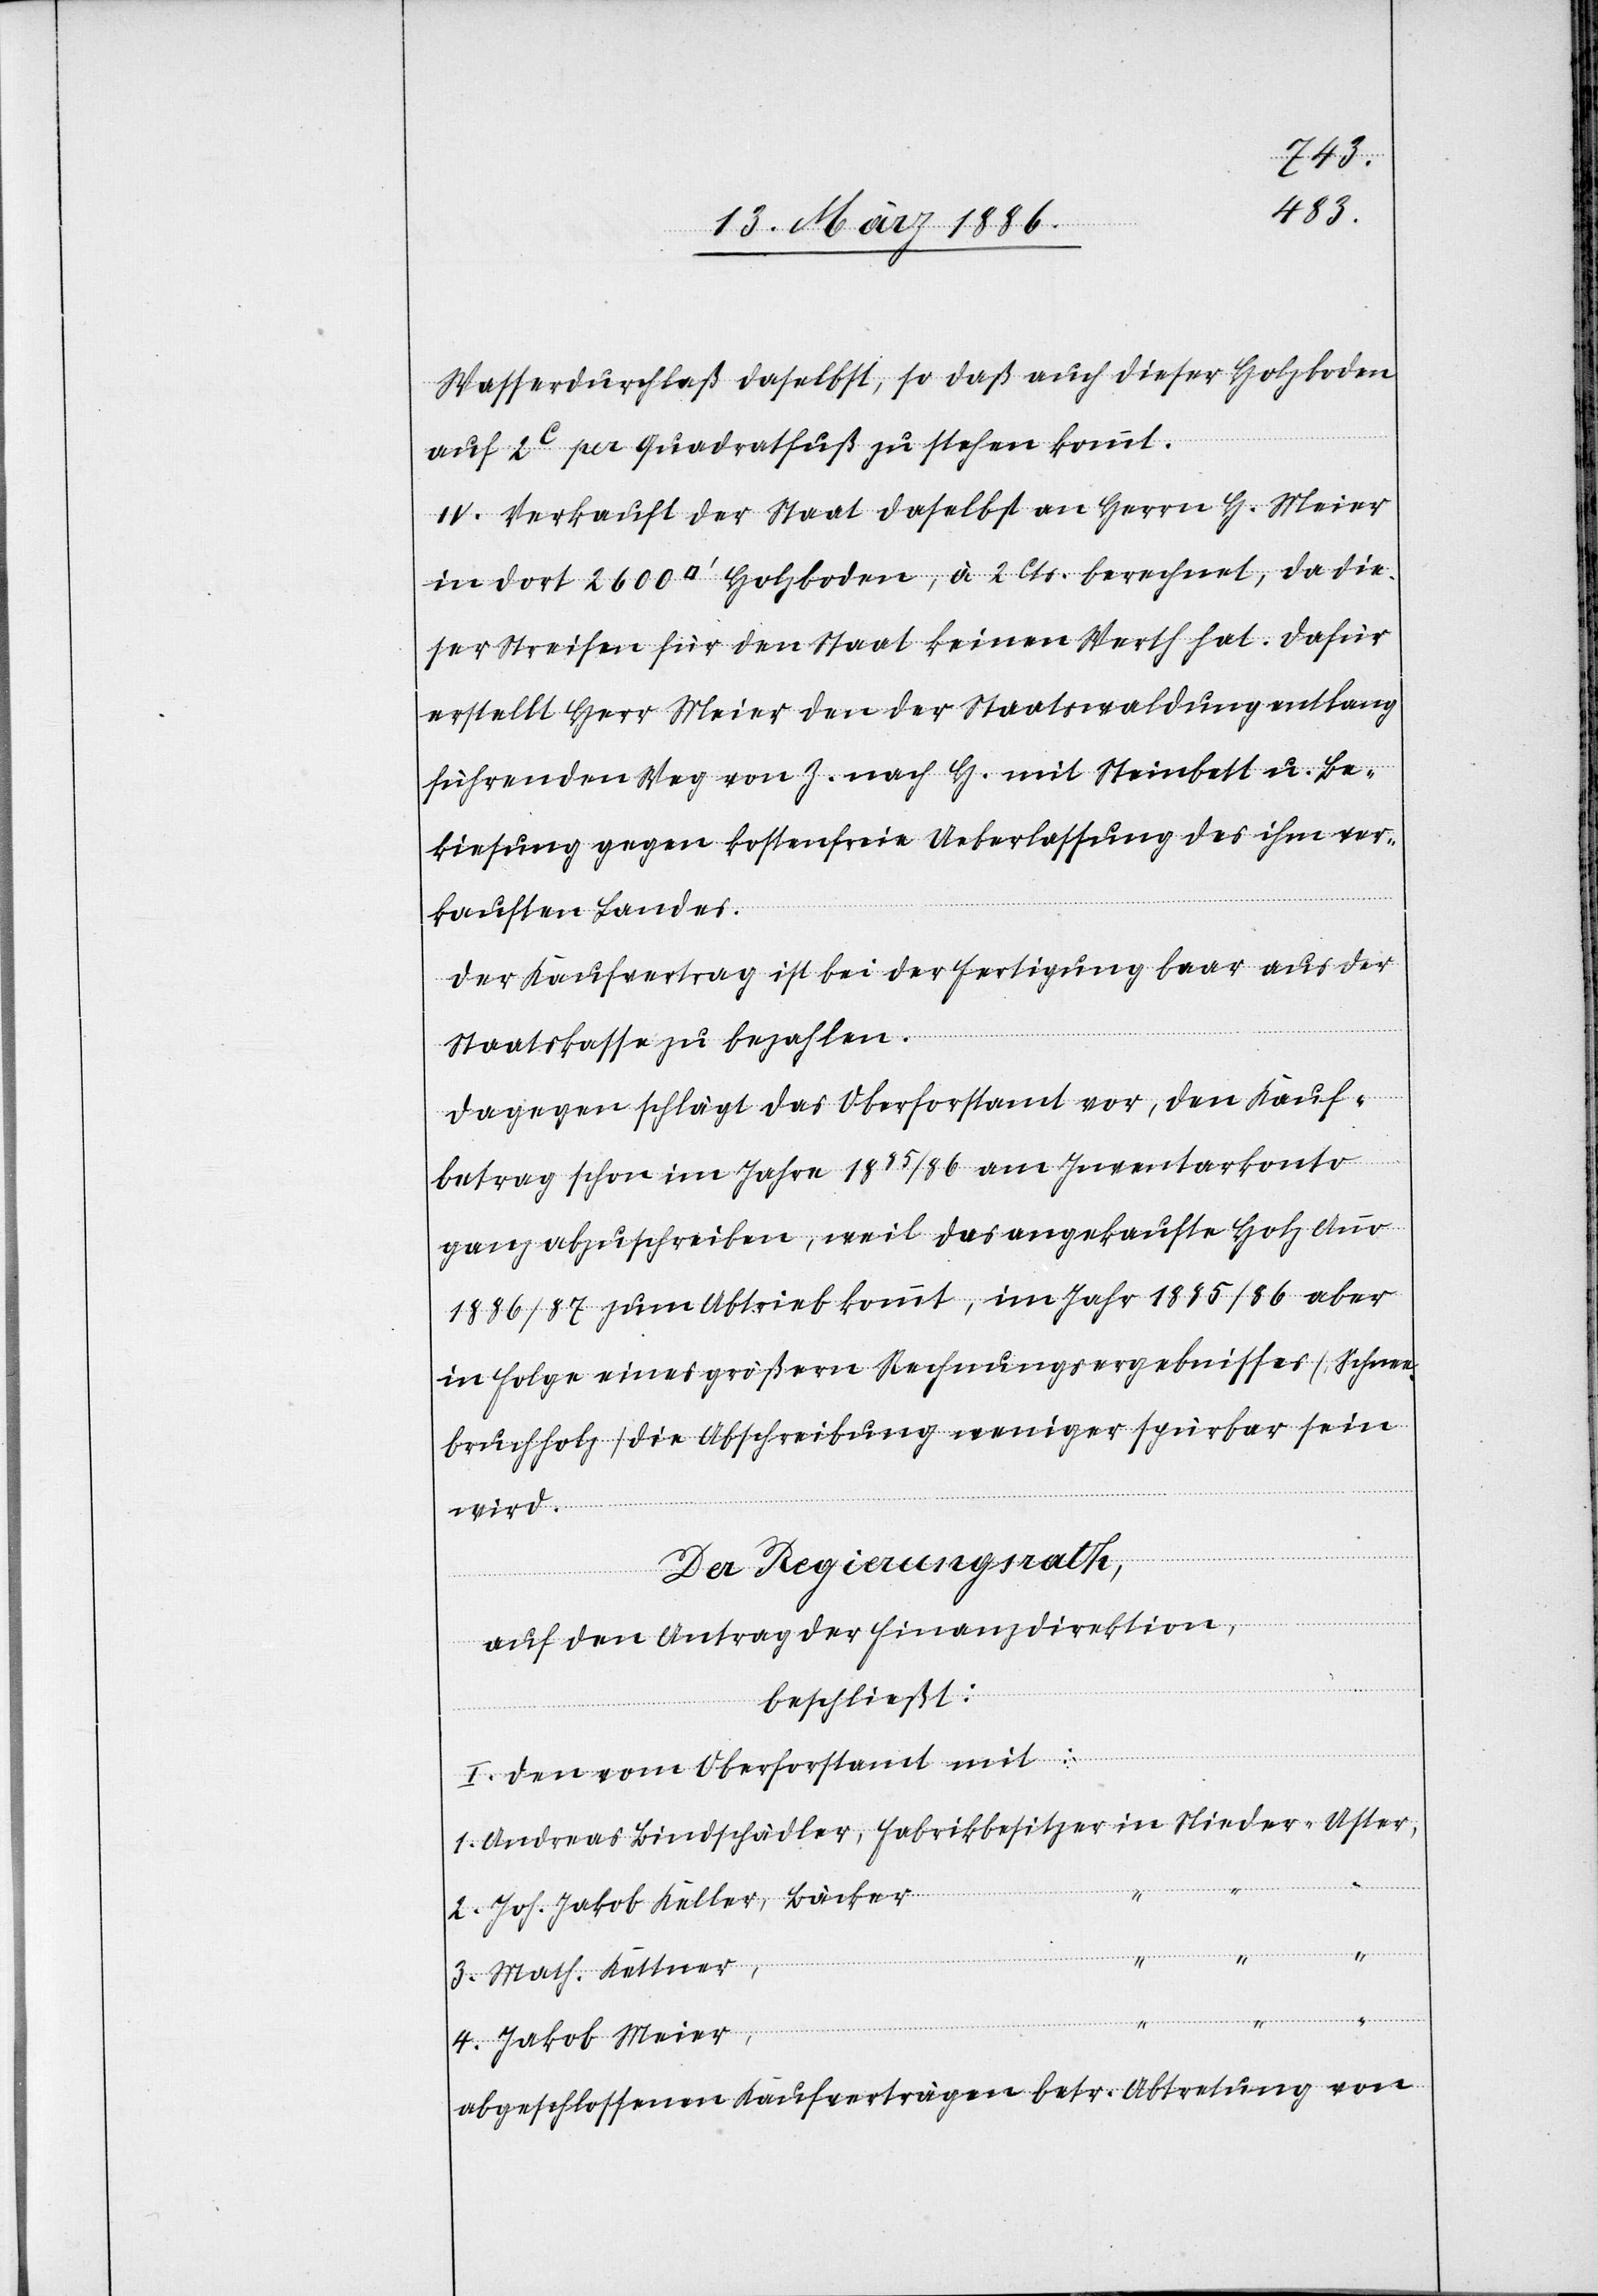
4.
Wasserdurchlaß daselbst, so daß auch dieser Holzboden
auf 2C per Quadratfuß zu stehen kommt.
IV. Verkauft der Staat daselbst an Herrn H. Meier
in dort 2600 [Quadratfuss] Holzboden, à 2 Cts. berechnet, da die¬
ser Streifen für den Staat keinen Werth hat. Dafür
erstellt Herr Meier den der Staatswaldung entlang
führenden Weg von Z. nach H. mit Steinbett u. Be¬
kiesung gegen kostenfreie Ueberlassung des ihm ver¬
kauften Landes.
Der Kaufvertrag ist bei der Fertigung baar aus der
Staatskasse zu bezahlen.
Dagegen schlägt das Oberforstamt vor, den Kauf¬
betrag schon im Jahre 1885/86 am Inventarkonto
ganz abzuschreiben, weil das angekaufte Holz Anno
1886/87 zum Abtrieb kommt, im Jahr 1885/86 aber
in Folge einer größern Rechnungsergebnisses (Schnee¬
bruchholz) die Abschreibung weniger spürbar sein
wird.
Der Regierungsrath,
auf den Antrag der Finanzdirektion,
beschließt:
I. Dem vom Oberforstamt mit:
Joh. Jakob Keller, Bäcker
Andreas Bindschädler,
Math. Kettner,
Jakob Meier,
abgeschlossenen Kaufverträgen betr. Abtretung von